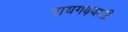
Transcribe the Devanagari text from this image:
रायगढ़वासी